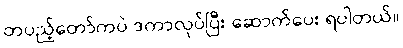
တပည့်တော်ကပဲ ဒကာလုပ်ပြီး ဆောက်ပေး ရပါတယ်။